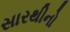
સારથીનો